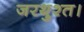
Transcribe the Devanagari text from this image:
जरथुश्त।